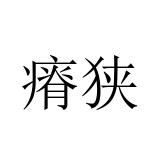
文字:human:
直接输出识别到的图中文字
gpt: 瘠狭